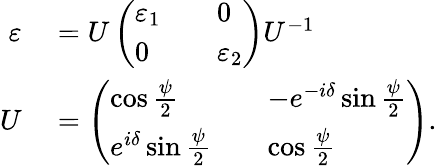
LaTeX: \begin{array}{rl}{\varepsilon}&{{}=U\left(\begin{array}{lll}{\varepsilon_{1}}&{}&{0}\\ {0}&{}&{\varepsilon_{2}}\end{array}\right)U^{-1}}\\ {U}&{{}=\left(\begin{array}{lll}{\cos\frac{\psi}{2}}&{}&{-e^{-i\delta}\sin\frac{\psi}{2}}\\ {e^{i\delta}\sin\frac{\psi}{2}}&{}&{\cos\frac{\psi}{2}}\end{array}\right).}\end{array}